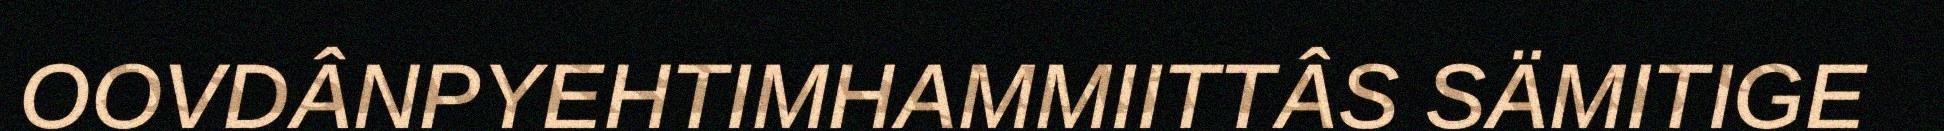
OOVDÂNPYEHTIMHAMMIITTÂS SÄMITIGE